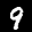
Label: 9